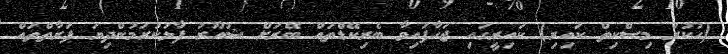
(ހުކުރު މިސްކިތް ކައިރި) ކައިރީގައި ޖަހާފައިވާ ބެރިކޭޑްތައް ބޭރަށް ޝުއޫރު ފާޅުކުރަމުންދިޔަ ފަރާތްތައް